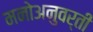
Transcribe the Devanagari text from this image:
मनोअनुवर्ती